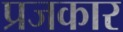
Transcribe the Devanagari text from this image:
प्रजकार